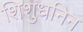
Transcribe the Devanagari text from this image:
शिशुधनिन